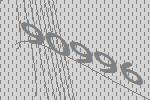
90996